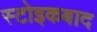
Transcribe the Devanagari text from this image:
स्टोइकबाद